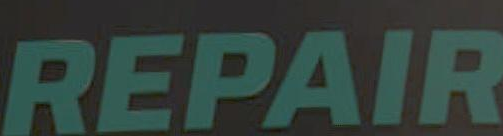
REPAIR